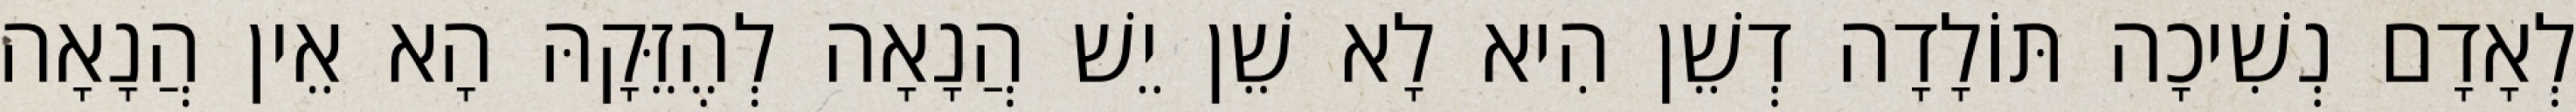
לְאָדָם נְשִׁיכָה תּוֹלָדָה דְשֵׁן הִיא לָא שֵׁן יֵשׁ הֲנָאָה לְהֶזֵּקָהּ הָא אֵין הֲנָאָה